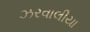
ઝરવાલીયા